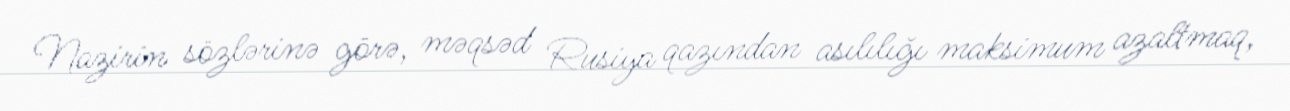
Nazirin sözlərinə görə, məqsəd Rusiya qazından asılılığı maksimum azaltmaq,